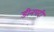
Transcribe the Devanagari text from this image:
डीनपदी